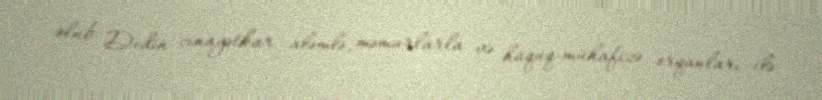
olub: Dedin cinayətkar aləmlə, məmurlarla və hüquq-mühafizə orqanları ilə